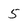
Character: 5